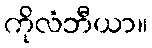
ကိုလံဘီယာ။